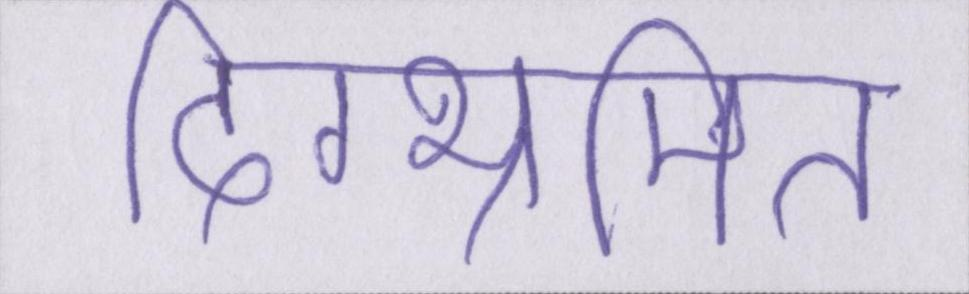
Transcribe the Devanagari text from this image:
दिग्भ्रमित